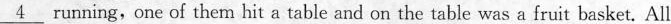
\underline{4} running,one of them hit a table and on the table was a fruit basket. All